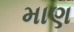
માણ